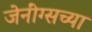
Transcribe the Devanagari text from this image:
जेनींग्सच्या